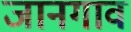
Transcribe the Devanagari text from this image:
जानगाव